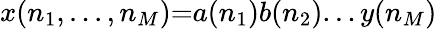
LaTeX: x(n_{1},...,n_{M}){=}a(n_{1})b(n_{2})...y(n_{M})